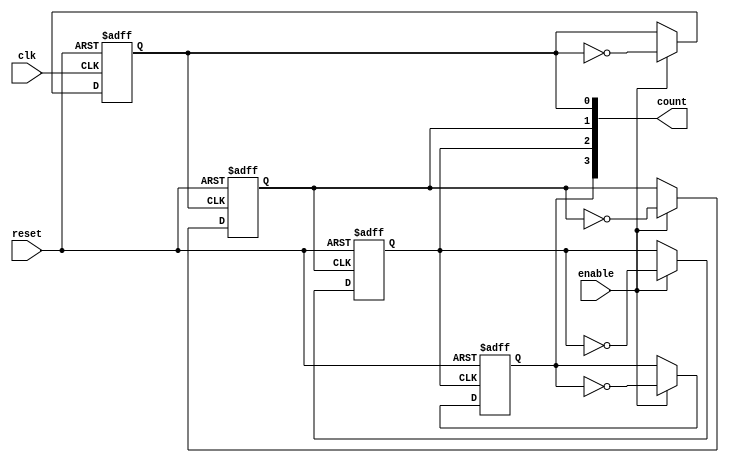
module async_counter (
    input wire clk,          // Clock input for the LSB flip-flop
    input wire reset,        // Asynchronous reset
    input wire enable,       // Enable signal for counting
    output reg [N-1:0] count // N-bit output for the counter
);
    parameter N = 4; // You can set N to any desired value

    // Always block for the LSB flip-flop
    always @(posedge clk or posedge reset) begin
        if (reset) begin
            count[0] <= 1'b0; // Reset LSB to 0
        end else if (enable) begin
            count[0] <= ~count[0]; // Toggle LSB
        end
    end

    // Always block for subsequent flip-flops (ripple effect)
    genvar i;
    generate
        for (i = 1; i < N; i = i + 1) begin : bit_flops
            always @(posedge count[i-1] or posedge reset) begin
                if (reset) begin
                    count[i] <= 1'b0; // Reset current bit to 0
                end else if (enable) begin
                    count[i] <= ~count[i]; // Toggle current bit
                end
            end
        end
    endgenerate

endmodule